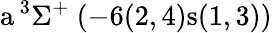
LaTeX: \textrm{a}\, ^{3}\Sigma^{+}~(-6(2,4)\textrm{s}(1,3))